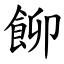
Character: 飹